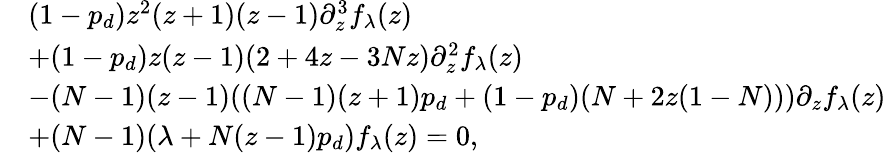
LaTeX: \begin{array}{rl}&{(1-p_{d})z^{2}(z+1)(z-1)\partial_{z}^{3}f_{\lambda}(z)}\\ &{+(1-p_{d})z(z-1)(2+4z-3Nz)\partial_{z}^{2}f_{\lambda}(z)}\\ &{-(N-1)(z-1)((N-1)(z+1)p_{d}+(1-p_{d})(N+2z(1-N)))\partial_{z}f_{\lambda}(z)}\\ &{+(N-1)(\lambda+N(z-1)p_{d})f_{\lambda}(z)=0,}\end{array}